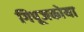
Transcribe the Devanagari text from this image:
गिपूजकोया